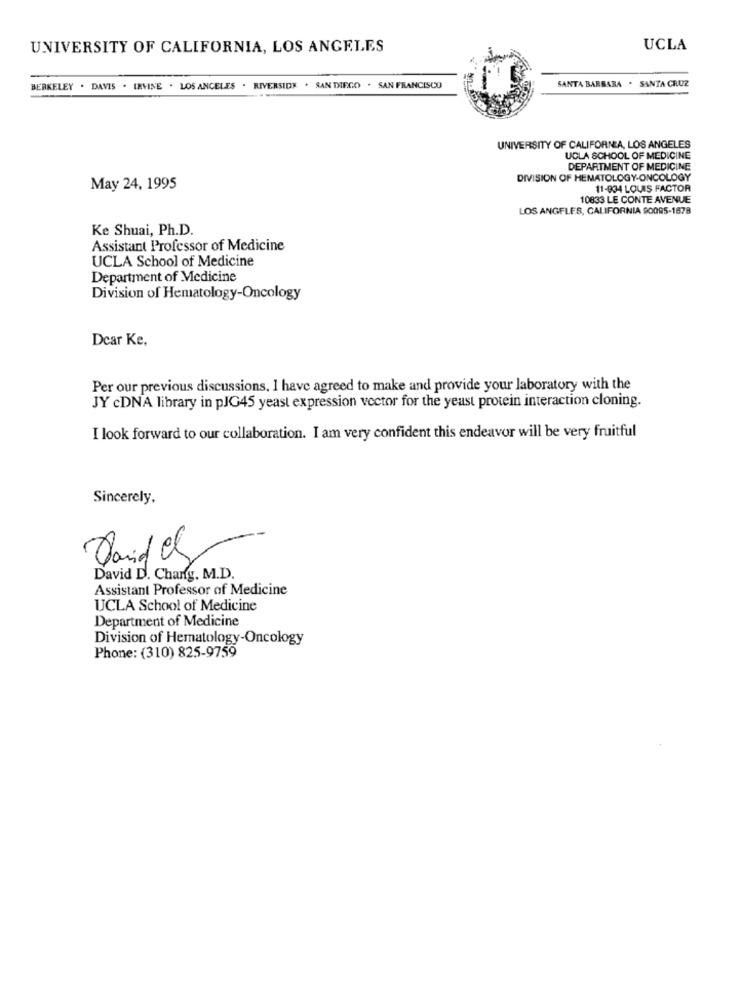
UNIVERSITY OF CALIFORNIA, LOS ANGELES
UCLA
SANTA BARBARA . SANTA CRUZ
BERKELEY . DAVIS . IRVINE . LOS ANGELES . RIVERSIDE . SAN DIEGO . SAN FRANCISCO
UNIVERSITY OF CALIFORNIA, LOS ANGELES
UCLA SCHOOL OF MEDICINE
DEPARTMENT OF MEDICINE
DIVISION OF HEMATOLOGY-ONCOLOGY
May 24, 1995
11-934 LOUIS FACTOR
10833 LE CONTE AVENUE
LOS ANGELES, CALIFORNIA 90095-1578
Ke Shuai, Ph.D.
Assistant Professor of Medicine
UCLA School of Medicine
Department of Medicine
Division of Hematology-Oncology
Dear Ke,
Per our previous discussions, I have agreed to make and provide your laboratory with the
JY cDNA library in pJG45 yeast expression vector for the yeast protein interaction cloning.
I look forward to our collaboration. I am very confident this endeavor will be very fruitful
Sincerely,
David D. Charg. M.D.
Assistant Professor of Medicine
UCLA School of Medicine
Department of Medicine
Division of Hematology-Oncology
Phone: (310) 825-9759